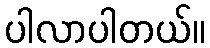
ပါလာပါတယ်။